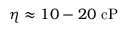
\eta \approx 1 0 - 2 0 ~ \mathrm { c P }